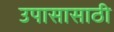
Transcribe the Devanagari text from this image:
उपासासाठी